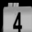
Digit: 4